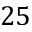
2 5